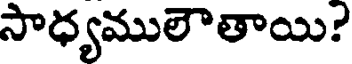
సాధ్యములౌతాయి?